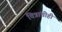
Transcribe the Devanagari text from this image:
चित्रांचीही